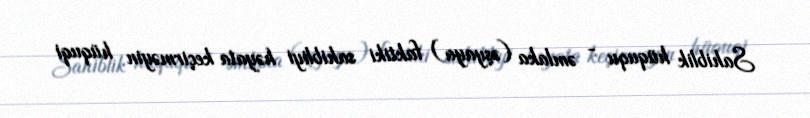
Sahiblik hüququ - əmlaka (əşyaya) faktiki sahibliyi həyata keçirməyin hüquqi